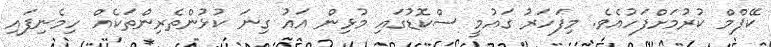
ކޭޕްމް ކުރުމަށްފަހުއެވެ. މިފަހަރު ގައުމީ ސްކޮޑުގައި މުޅިން އައު ގިނަ ކުޅުންތެރިންތަކެއް ހިމެނިފައި